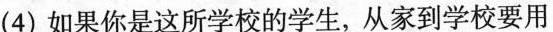
(4)如果你是这所学校的学生，从家到学校要用